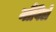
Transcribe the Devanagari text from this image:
नौविले